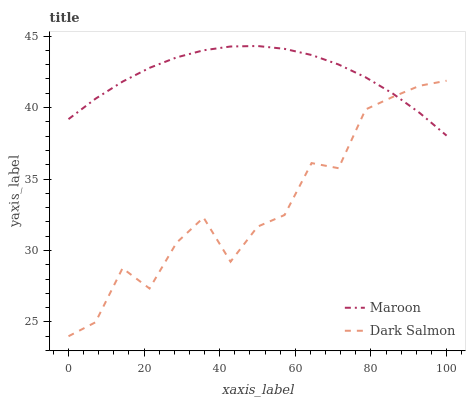
| xaxis_label | Maroon | Dark Salmon |
 | --- | --- | --- |
 | 0 | 39.2 | 24 |
 | 7.14 | 40.6 | 25 |
 | 14.3 | 41.8 | 28.8 |
 | 21.4 | 42.8 | 27.3 |
 | 28.6 | 43.5 | 30.5 |
 | 35.7 | 44 | 32.3 |
 | 42.9 | 44.3 | 29.2 |
 | 50 | 44.3 | 31.7 |
 | 57.1 | 44.1 | 32.5 |
 | 64.3 | 43.7 | 36.1 |
 | 71.4 | 43 | 35.8 |
 | 78.6 | 42.1 | 39.9 |
 | 85.7 | 41 | 40.7 |
 | 92.9 | 39.6 | 41.5 |
 | 100 | 38 | 41.9 |